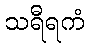
သရီရကံ